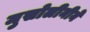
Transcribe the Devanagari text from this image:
मुसोलीनीने